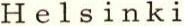
Helsinki